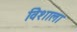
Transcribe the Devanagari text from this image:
विेशाला